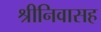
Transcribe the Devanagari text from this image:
श्रीनिवासह